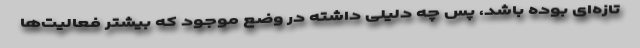
تازه‌ای بوده باشد، پس چه دلیلی داشته در وضع موجود که بیشتر فعالیت‌ها